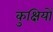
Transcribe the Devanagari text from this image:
कुक्षियों